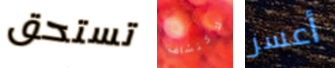
تستحق لاكتشاف أعسر